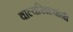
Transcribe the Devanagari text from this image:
वाल्यखिल्यांनी